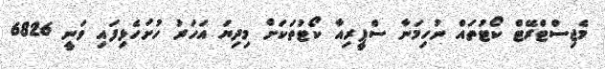
މެޖިސްޓްރޭޓް ކޯޓުތައް ނުހިމަނާ ސްޕީރިއާ ކޯޓުތަކަށް މިދިޔަ އަހަރު ހުށަހެޅިފައި ވަނީ 6826